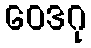
ဝေဒဂု